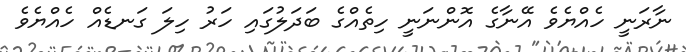
ނާރަނީ ހެއްޔެވެ އޭނާގެ އޮންނަނީ ހިތެއްގެ ބަދަލުގައި ހަރު ހިލަ ގަނޑެއް ހެއްޔެވެ